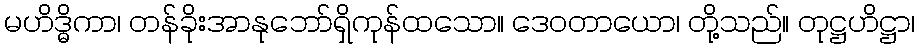
မဟိဒ္ဓိကာ၊ တန်ခိုးအာနုဘော်ရှိကုန်ထသော။ ဒေဝတာယော၊ တို့သည်။ တုဋ္ဌဟိဋ္ဌာ၊